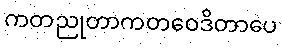
ကတညုတာကတဝေဒိတာပေ